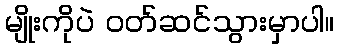
မျိုးကိုပဲ ဝတ်ဆင်သွားမှာပါ။